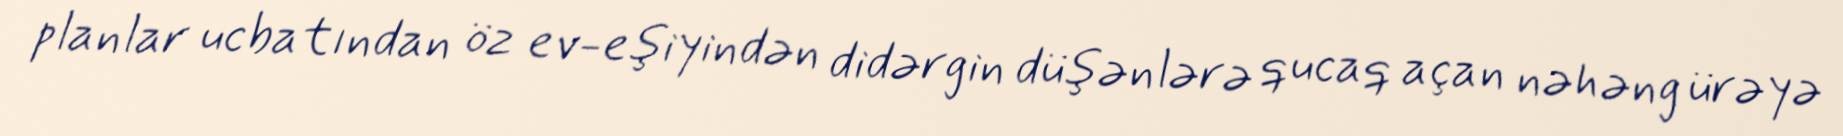
planlar ucbatından öz ev-eşiyindən didərgin düşənlərə qucaq açan nəhəng ürəyə